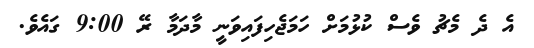
އެ ދެ މެޗު ވެސް ކުޅުމަށް ހަމަޖެހިފައިވަނީ މާދަމާ ރޭ 9:00 ގައެވެ.